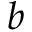
b